Calcutta medical institutions reports 1892-1900
Year: 1892
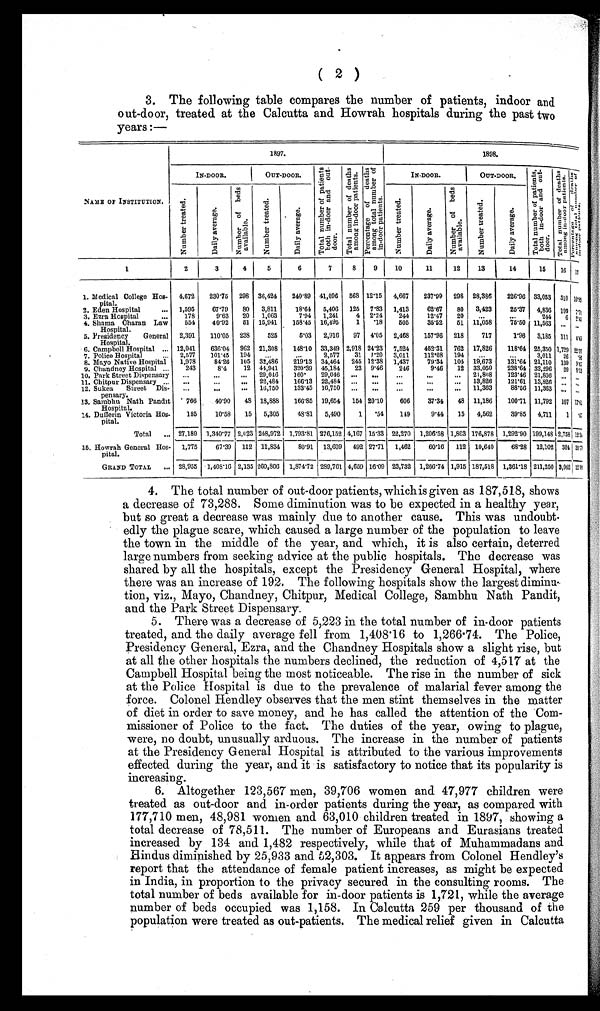
( 2 )
3. The following table compares the number of patients, indoor and
out-door, treated at the Calcutta and Howrah hospitals during the past two
years :—
NAME OF INSTITUTION.
1897.
1898.
IN-DOOR.
OUT-DOOR.
T o t a l n u m b e r o f p a t i e n t s
b o t h i n - d o o r a n d o u t -
door.
T o t a l n u m b e r o f d e a t h s
a m o n g i n - d o o r p a t i e n t s .
P e r c e n t a g e o f d e a t h s
a m o n g t o t a l n u m b e r o f
i n - d o o r p a t i e n t s .
IN-DOOR.
OUT-DOOR
T o t a l n u mb e r o f p a t i e n t s
b o t h i n - d o o r a n d o u t -
door.
T o t a l n u m b e r o f d e a t h s
a m o n g i n - d o o r p a t i e n t s .
P e r c e n t a g e o f d e a t h s
a m o n g t o t a l n u m b e r o f
i n - d o o r p a t i e n t s .
N u m b e r t r e a t e d .
D a i l y a v e r a g e .
N u m b e r o f b e d s
a v a i l a b l e .
N u m b e r t r e a t e d .
D a i l y a v e r a g e .
N u m b e r t r e a t e d .
D a i l y a v e r a g e .
N u m b e r o f b e d s
a v a i l a b l e .
N u m b e r t r e a t e d .
D a i l y a v e r a g e .
1
2
3
4
5
6
7
8
9
10
11
12
13 14
1 5
1 6 1 7
1. Medical College Hos-
pital.
4,672
230.75 298 36,424
240.89 41,096 568 12.15 4,667
237.99 298 28,386
226.96 3 3 , 0 5 3
5 1 0 1 0 . 9 3
2. Eden Hospital
... 1,595
67.79
80 3,811
18.64
5, 406 125 7.83 1,413
62.67
80 3,423
25.37 4,836 109
7 . 7 1
3. Ezra Hospital
...
178
9.63 20 1,063
7.94 1,241
4 2.24
244
12.47
20
. . .
...
244
6
2 . 4 5
4. Shama Charan Law
Hospital.
554
40.92
51 15,941
158.45 16,495
1 .18
505
35.52 51 11,058
75.50 11,563
. . . . . .
5. Presidency
General
Hospital.
2,391
110.05 238
525
5.03 2,916
97 4.05 2,468
157.96 218
717
1.96 3,185 111 4.49
6. Campbell Hospital ... 12,041
636.04 962 21,308
148.10 33,349 2,918 24.23 7,524
452.31 762 17,826
118.64 25,350 1,729 22.97
7. Police Hospital
... 2,577
101.45 194
. . .
. . .
2,577
31 1.20 3,011
112.08 194
. . . ...
3,011 26 . 86
8. Mayo Native Hospital
1,978
84.26 105 32.486
219.13 34,464 245 12.38 1,437
79.34 103 19,673
1 3 1 . 6 4 21,110 139
9 . 6 7
9. Chandney Hospital ...
243
8.4
12 44,941
320.39 45,184
23 9.46
246
9.46
12 33,050
238.64 33,296 20
8 . 1 3
10. Park Street Dispensary ...
. . . ... 29,046
160.
29,046 ...
...
...
. . . ... 21,808
123.46 21,806
. . .
. . .
11. Chitpur Dispensary ...
... ...
... 22,484
166.13 22,484 ...
...
...
...
... 13,826
121.61 13,826
. . . . . .
12. Sukea Street Dis-
pensary.
...
. . . . . .
16,750
133.45 16,750
. . .
. . .
. . .
. . . ... 11,363
88.56 11,363 ...
. . .
13. Sambhu Nath Pandit
Hospital.
766
40.90 48 18,888
166.85 19,654 154 20.10
606
37.34
48 11,186
100.71 11,792 107
1 7 . 6 5
14. Dufferin Victoria Hos-
pital.
185
10.58
15 5,305
48.81 5,490
1 .54
149
9.44
15 4,562
39.85 4,711
1
. 6 7
Total ... 27,189 1,340.77 2,023 248,972 1,793.81 276,152 4,167 15.33 22,270 1,206.58 1,803 176,878 1,292.90 199,148 2,758
1 2 . 3 8
15. Howrah General Hos-
pital.
1,775
67.39 112 11,834
80.91 13,609 492 27.71 1,462
60.16 112 10,640
68.28 12,102 304 20.79
GRAND TOTAL ... 28,955 1,408.16 2,135 260,806 1,874.72 289,761 4,659 16.09 23,732 1,266.74 1,915 187,518 1,361.18 211,250 3,062 12.90
4.
The total number of out-door patients, which is given as 187,518, shows
a decrease of 73,288. Some diminution was to be expected in a healthy year,
but so great a decrease was mainly due to another cause. This was undoubt-
edly the plague scare, which caused a large number of the population to leave
the town in the middle of the year, and which, it is also certain, deterred
large numbers from seeking advice at the public hospitals. The decrease was
shared by all the hospitals, except the Presidency General Hospital, where
there was an increase of 192. The following hospitals show the largest diminu-
tion, viz., Mayo, Chandney, Chitpur, Medical College, Sambhu Nath Pandit,
and the Park Street Dispensary.
5.
There was a decrease of 5,223 in the total number of in-door patients
treated, and the daily average fell from 1,408.16 to 1,266.74. The Police,
Presidency General, Ezra, and the Chandney Hospitals show a slight rise, but
at all the other hospitals the numbers declined, the reduction of 4,517 at the
Campbell Hospital being the most noticeable. The rise in the number of sick
at the Police Hospital is due to the prevalence of malarial fever among the
force. Colonel Hendley observes that the men stint themselves in the matter
of diet in order to save money, and he has called the attention of the Com-
missioner of Police to the fact. The duties of the year, owing to plague,
were, no doubt, unusually arduous. The increase in the number of patients
at the Presidency General Hospital is attributed to the various improvements
effected during the year, and it is satisfactory to notice that its popularity is
increasing.
6.
Altogether 123,567 men, 39,706 women and 47,977 children were
treated as out-door and in-order patients during the year, as compared with
177,710 men, 48,981 women and 63,010 children treated in 1897, showing a
total decrease of 78,511. The number of Europeans and Eurasians treated
increased by 134 and 1,482 respectively, while that of Muhammadans and
H i n d u s d i m i n i s h e d b y 2 5 , 9 3 3 a n d 5 2 , 3 0 3 . I t a p p e a r s f r o m C o l o n e l H e n d l e y ' s
report that the attendance of female patient increases, as might be expected
in India, in proportion to the privacy secured in the consulting rooms. The
total number of beds available for in-door patients is 1,721, while the average
number of beds occupied was 1,158. In Calcutta 259 per thousand of the
population were treated as out-patients. The medical relief given in Calcutta